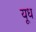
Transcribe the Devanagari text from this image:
यूध